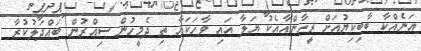
އަނެއްކާ ބާބިކިޔުއަށް ރީހާންއާއެކު ޔަލާ އައި ވާހަކައާ ތި ދެމީހުން ސިއްރުން ބައްދަލުކުރާ